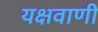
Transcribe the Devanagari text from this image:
यक्षवाणी